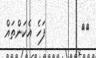
١٩        ފަހެ އެކަންތައް